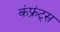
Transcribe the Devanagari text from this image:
कंफ्रंट्स